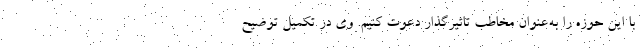
با این حوزه را به‌‌عنوان مخاطب تاثیرگذار دعوت کنیم. وی در تکمیل توضیح